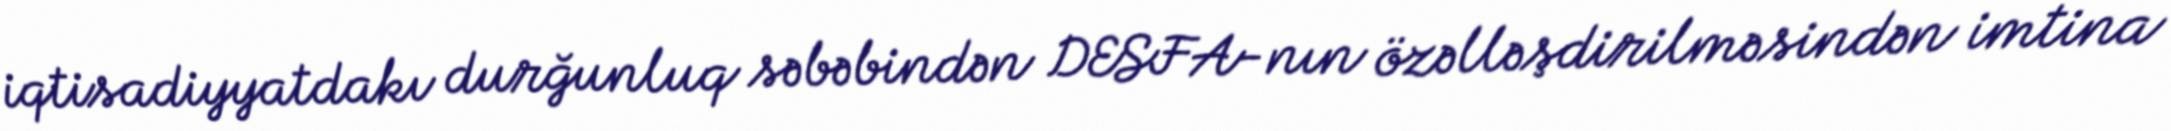
iqtisadiyyatdakı durğunluq səbəbindən DESFA-nın özəlləşdirilməsindən imtina